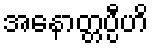
အနောတ္တပ္ပီဟိ